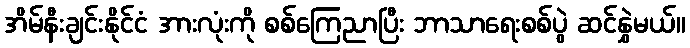
အိမ်နီးချင်းနိုင်ငံ အားလုံးကို စစ်ကြေညာပြီး ဘာသာရေးစစ်ပွဲ ဆင်နွှဲမယ်။